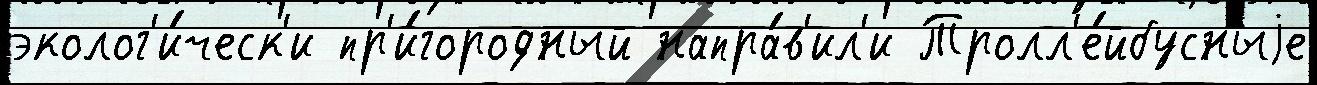
эколог'и́ческ'и пр'и́городный напра́в'ил'и Тролл'е́йбусныjе